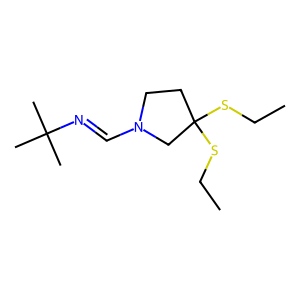
SMILES: CCSC1(SCC)CCN(C=NC(C)(C)C)C1
Inhibits HIV replication: No